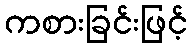
ကစားခြင်းဖြင့်